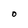
Character: O